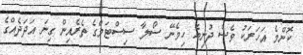
ކޮންމެ އަހަރަކު ވެސް ދުނިޔެ ހިމެނޭ ސޯލާ ސިސްޓަމްގެ ތެރެއިން ގިނަ އަދަދެއްގެ